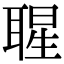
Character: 𦖤